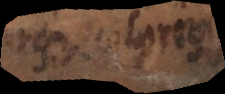
ut coloris,